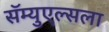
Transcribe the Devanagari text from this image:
सॅम्युएल्सला